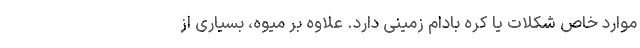
موارد خاص شکلات یا کره بادام زمینی دارد. علاوه بر میوه، بسیاری از